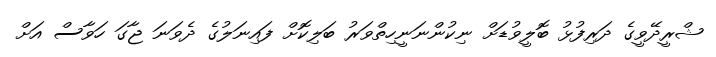
ޝްރީދޭވީގެ ދަރިފުޅު ބޮލީވުޑަށް ނިކުންނަނީހިތްވަރު ބަލިކޮށް ފައިނަލުގެ ދެވަނަ ޖާގަ ހަވާސް އަށް